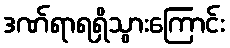
ဒဏ်ရာရရှိသွားကြောင်း